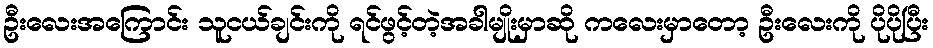
ဦးလေးအကြောင်း သူငယ်ချင်းကို ရင်ဖွင့်တဲ့အခါမျိုးမှာဆို ကလေးမှာတော့ ဦးလေးကို ပိုပိုပြီး